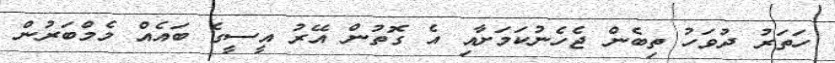
ހަތަރު ދުވަހު ތިބެން ޖެހެނުކަމަށާއި އެ ގޮތުން އޭރު އީސީގެ ބައެއް މެމްބަރުން